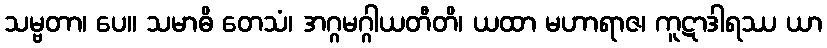
သမ္ဗတာ၊ ပေ။ သမာဓိ တေသံ၊ အဂ္ဂမဂ္ဂါယတီတိ၊ ယထာ မဟာရာဇ၊ ကူဋာဒါရဿ ယာ